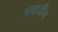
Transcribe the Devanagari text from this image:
अवार्चीन